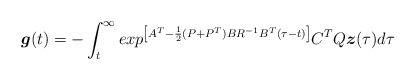
LaTeX: \begin{align*} \boldsymbol{g}(t)=- \int_{t}^{\infty} exp^{\left[A^{T}-\frac{1}{2}(P+P^T)BR^{-1}B^{T} (\tau -t)\right]} C^{T} Q \boldsymbol{z}(\tau) d \tau\end{align*}